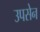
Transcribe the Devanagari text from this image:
उपसेन